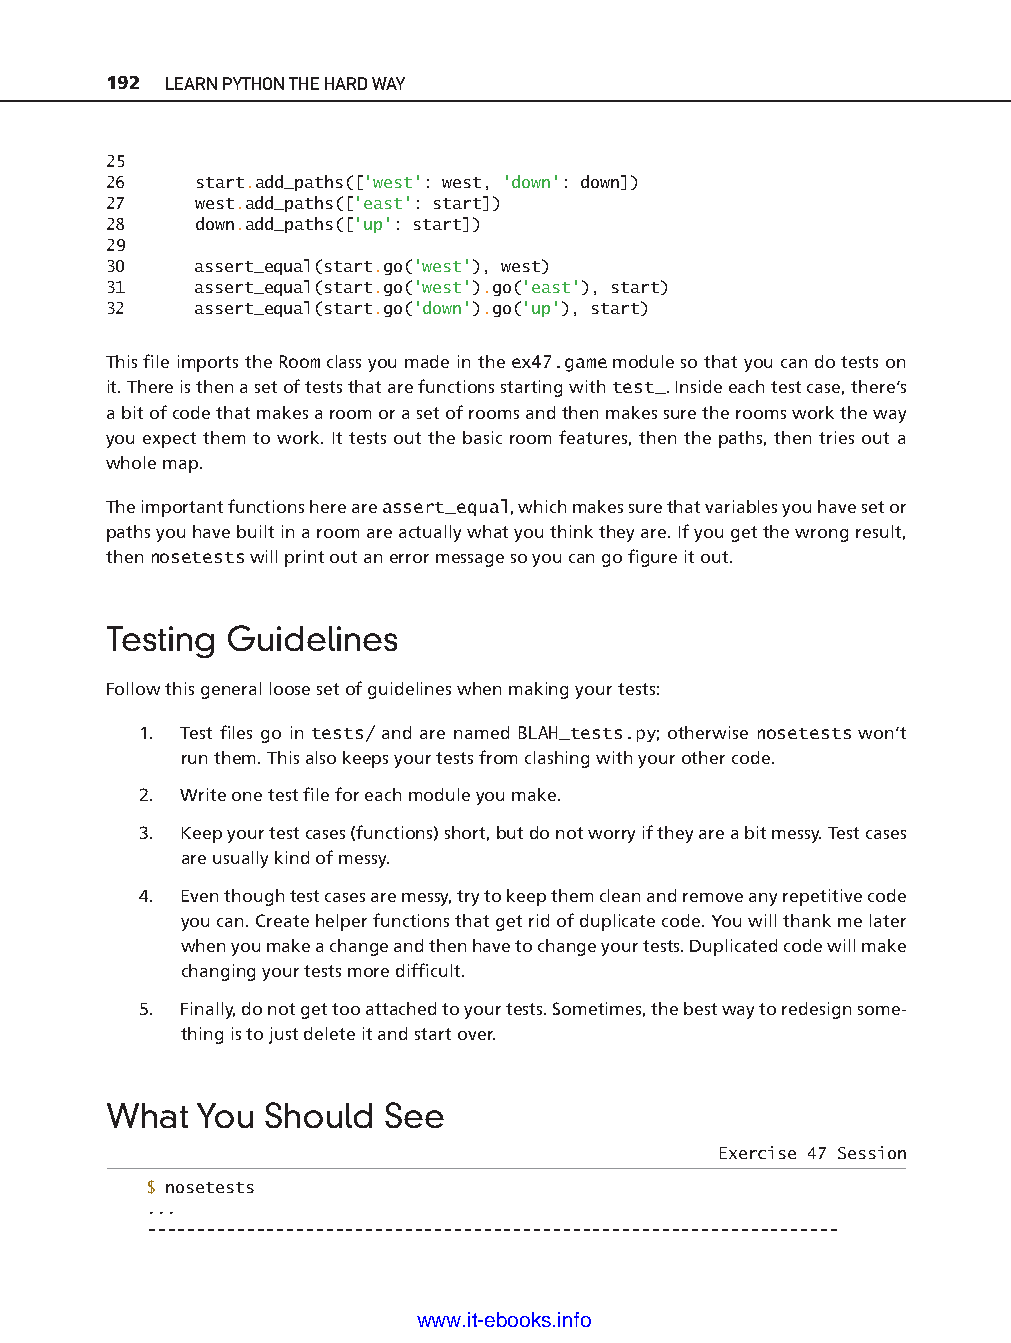
192 LEARN PYTHON THE HARD WAY
 25
 26    start.add_paths(['west': west, 'down': down])
 27    west.add_paths(['east': start])
 28    down.add_paths(['up': start])
 29
 30    assert_equal(start.go('west'), west)
 31    assert_equal(start.go('west').go('east'), start)
 32    assert_equal(start.go('down').go('up'), start)
 This fi le imports the Room class you made in the ex47.game module so that you can do tests on
 it. There is then a set of tests that are functions starting with test_. Inside each test case, there’s
 a bit of code that makes a room or a set of rooms and then makes sure the rooms work the way
 you expect them to work. It tests out the basic room features, then the paths, then tries out a
 whole map.
 The important functions here are assert_equal, which makes sure that variables you have set or
 paths you have built in a room are actually what you think they are. If you get the wrong result,
 then nosetests will print out an error message so you can go fi gure it out.
 Testing Guidelines
 ptg11539604
 Follow this general loose set of guidelines when making your tests:
 1. Test fi les go in tests/ and are named BLAH_tests.py; otherwise nosetests won’t
 run them. This also keeps your tests from clashing with your other code.
 2. Write one test fi le for each module you make.
 3. Keep your test cases (functions) short, but do not worry if they are a bit messy. Test cases
 are usually kind of messy.
 4. Even though test cases are messy, try to keep them clean and remove any repetitive code
 you can. Create helper functions that get rid of duplicate code. You will thank me later
 when you make a change and then have to change your tests. Duplicated code will make
 changing your tests more diffi cult.
 5. Finally, do not get too attached to your tests. Sometimes, the best way to redesign some-
 thing is to just delete it and start over.
 What  You  Should  See
 Exercise 47 Session
 $ nosetests
 ...
 -- - - - - - - - - - - - - -- - - - - - - - - - - - - - - - - -- - - - - - - - -- - - - - - - - -- - - - -- - - -- - - - - - - - - -
 www.it-ebooks.info